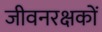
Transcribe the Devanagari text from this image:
जीवनरक्षकों